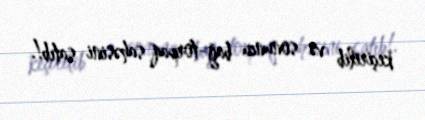
keçirilib və sonuncu bağ-torpaq sahəsini satıb!.